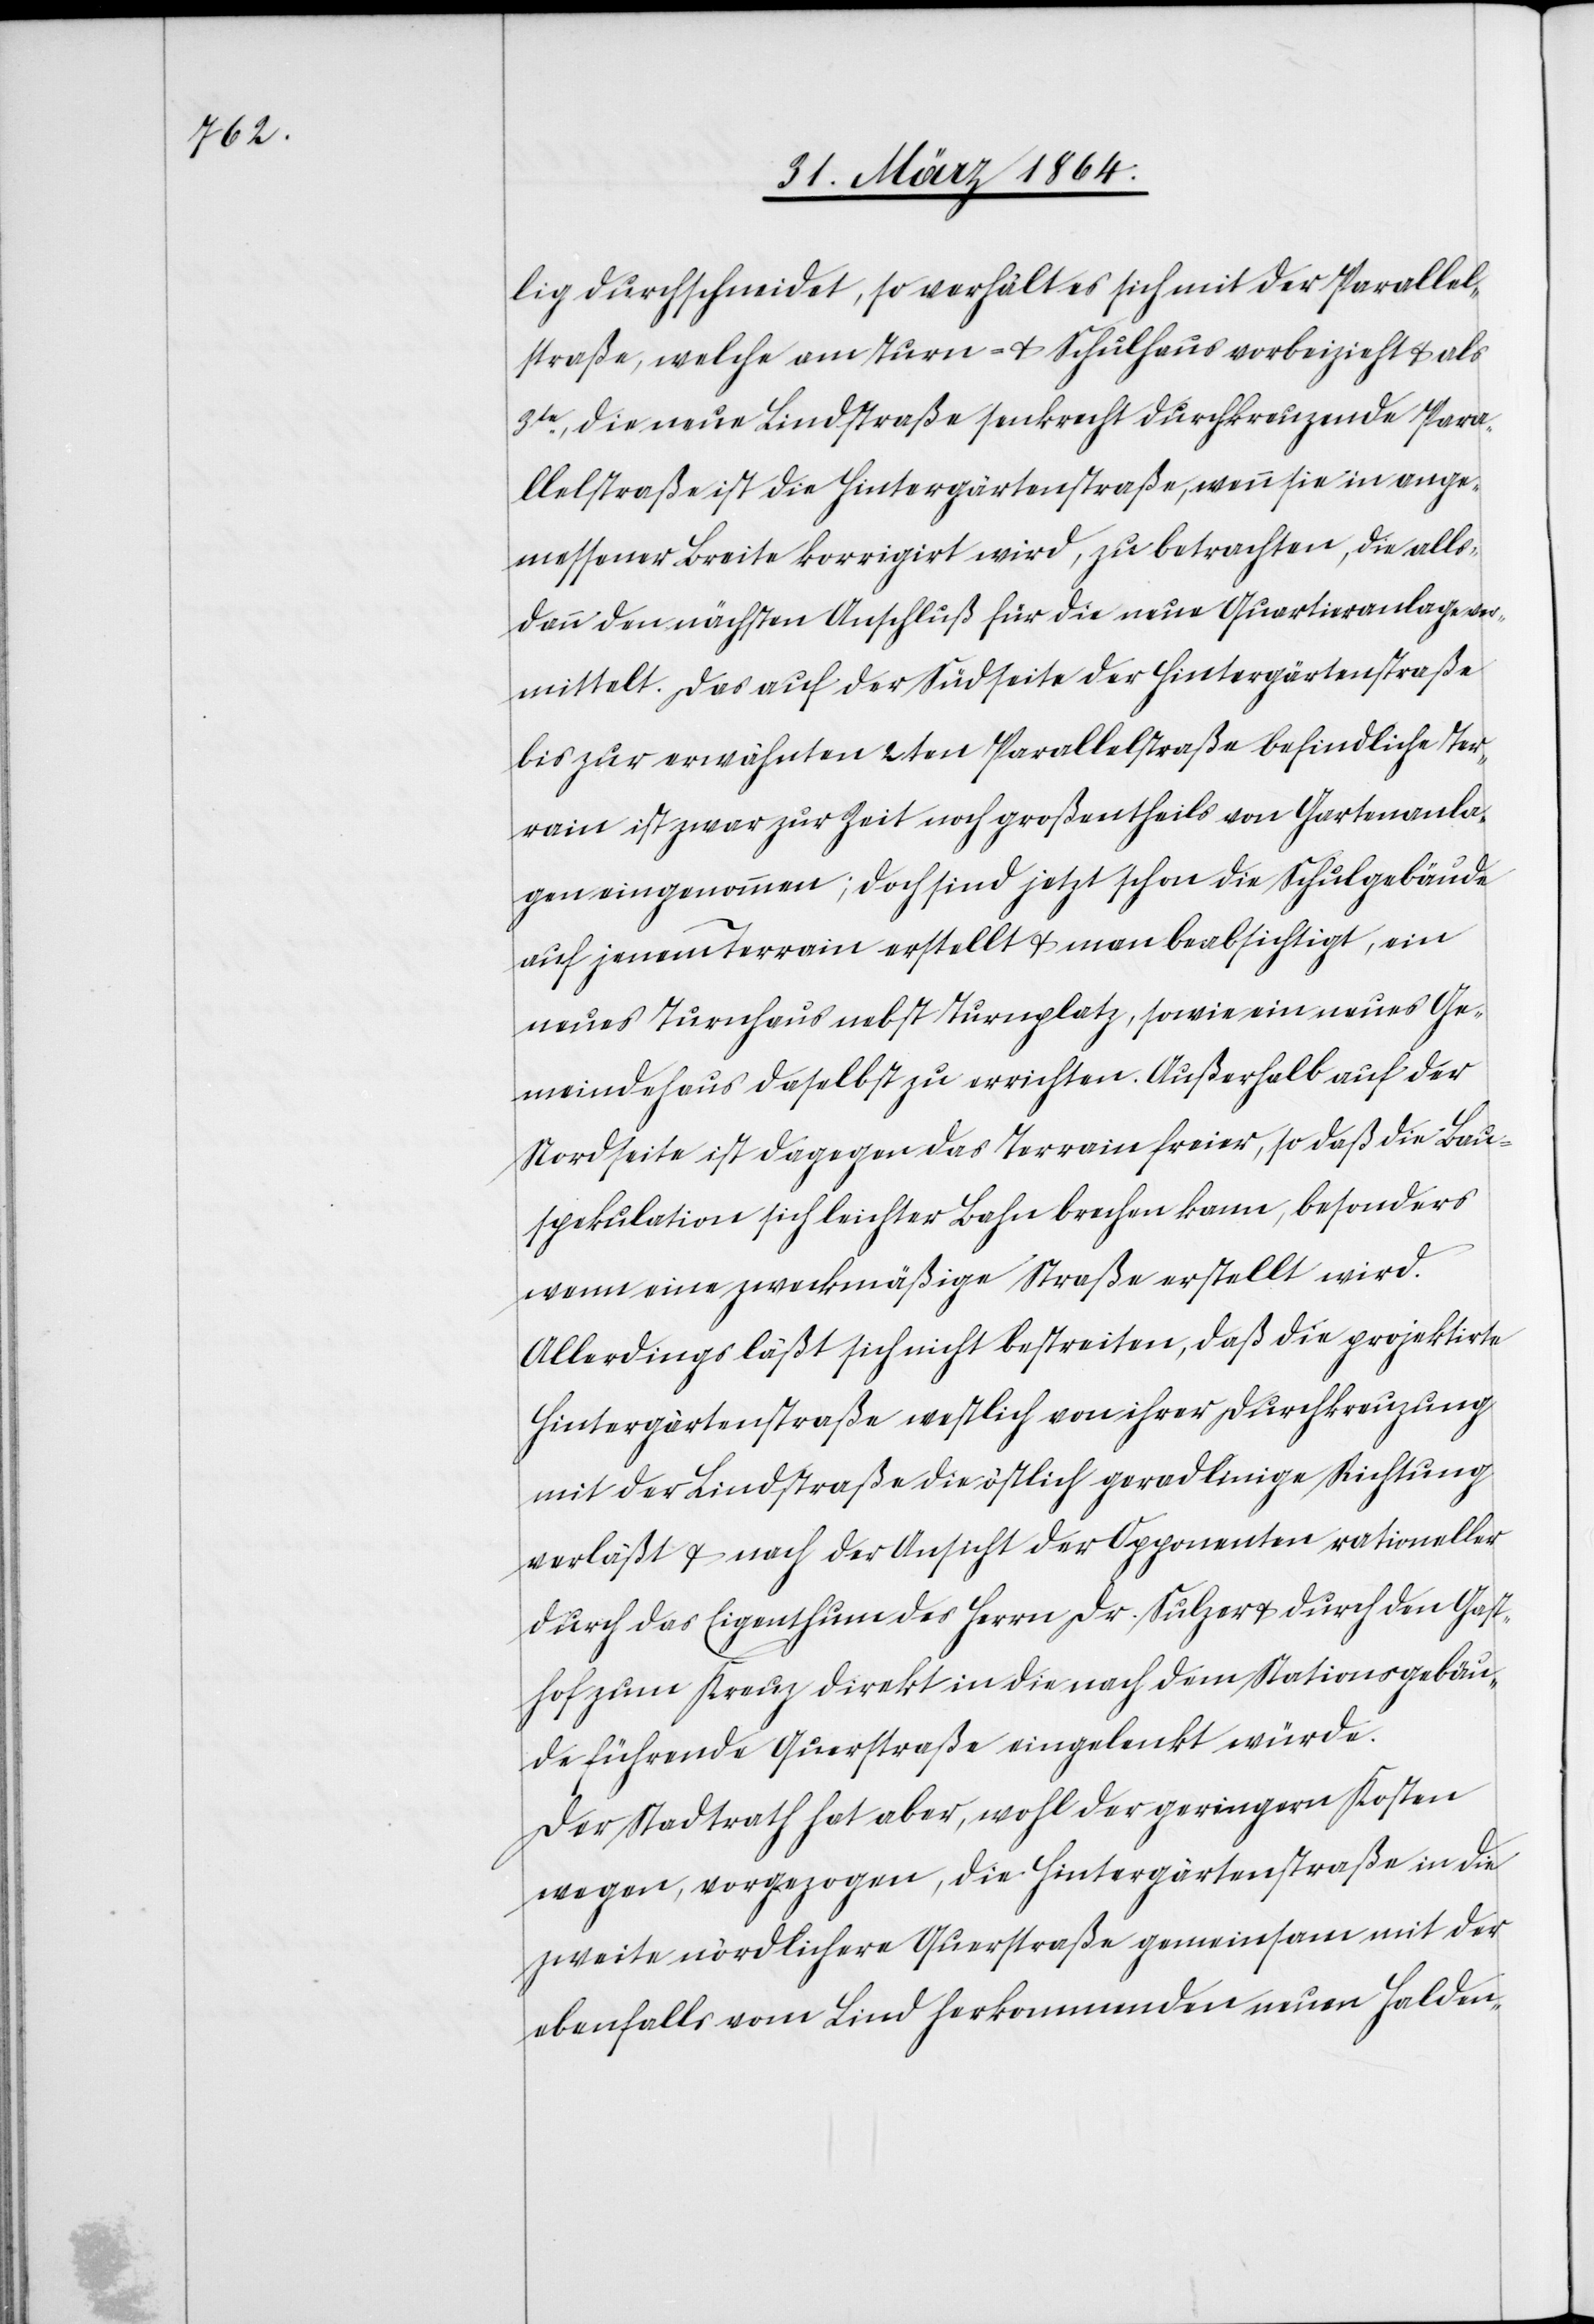
lig durchschneidet, so verhält es sich mit der Parallel¬
straße, welche am Turn- u. Schulhaus vorbeizieht u. als
3te, die neue Lindstraße senkrecht durchkreuzende Para¬
llelstraße ist die Hintergärtenstraße, wenn sie in ange¬
messener Breite korrigirt wird, zu betrachten, die alls¬
dann den nächsten Anschluß für die neue Quartieranlage ver¬
mittelt. Das auf der Südseite der Hintergärtenstraße
bis zur erwähnten 2ten Parallelstraße befindliche Ter¬
rain ist zwar zur Zeit noch großentheils von Gartenanla¬
gen eingenommen; doch sind jetzt schon die Schulgebäude
auf jenem Terrain erstellt u. man beabsichtigt, ein
neues Turnhaus nebst Turnplatz, sowie ein neues Ge¬
meindehaus daselbst zu errichten. Außerhalb auf der
Nordseite ist dagegen das Terrain freier, so daß die Bau¬
spekulation sich leichter Bahn brechen kann, besonders
wenn eine zweckmäßige Straße erstellt wird.
Allerdings läßt sich nicht bestreiten, daß die projektirte
Hintergärtenstraße westlich von ihrer Durchkreuzung
mit der Lindstraße die östlich geradlinige Richtung
verläßt u. nach der Ansicht der Opponenten rationeller
durch das Eigenthum des Herrn Dr. Sulzer u. durch den Gast¬
hof zum Kreuz direkt in die nach dem Stationsgebäu¬
de führende Querstraße eingelenkt würde.
Der Stadtrath hat aber, wohl der geringen Kosten
wegen, vorgezogen, die Hintergärtenstraße in die
zweite nördlichere Querstraße gemeinsam mit der
ebenfalls vom Lind herkommenden neuen Halden-